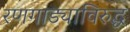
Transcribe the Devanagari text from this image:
रणगाड्याविरुद्ध